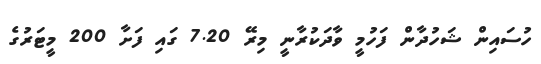
ހުސައިން ޝަހުދާން ފަހުމީ ވާދަކުރާނީ މިރޭ 7.20 ގައި ފަށާ 200 މީޓަރުގެ